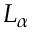
L _ { \alpha }